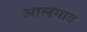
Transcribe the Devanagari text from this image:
आलगाव